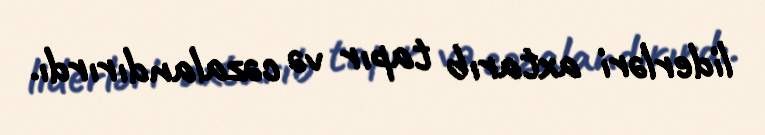
liderləri axtarıb tapır və cəzalandırırdı.